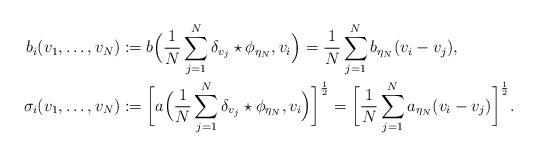
LaTeX: \begin{align*} b_i(v_1,\dots,v_N) & :=b \Bigl(\frac1N \sum_{j=1}^N \delta_{v_j} \star \phi_{\eta_N}, v_i \Bigr) = \frac1N \sum_{j=1}^N b_{\eta_N}(v_i - v_j), \\\sigma_i(v_1,\dots,v_N) & := \biggl[a \Bigl( \frac1N \sum_{j=1}^N \delta_{v_j} \star \phi_{\eta_N},v_i \Bigr) \biggr]^{\frac12} = \biggl[ \frac1N \sum_{j=1}^N a_{\eta_N} (v_i - v_j) \biggr]^{\frac12}.\end{align*}